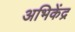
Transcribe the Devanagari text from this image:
अभिकेंद्र